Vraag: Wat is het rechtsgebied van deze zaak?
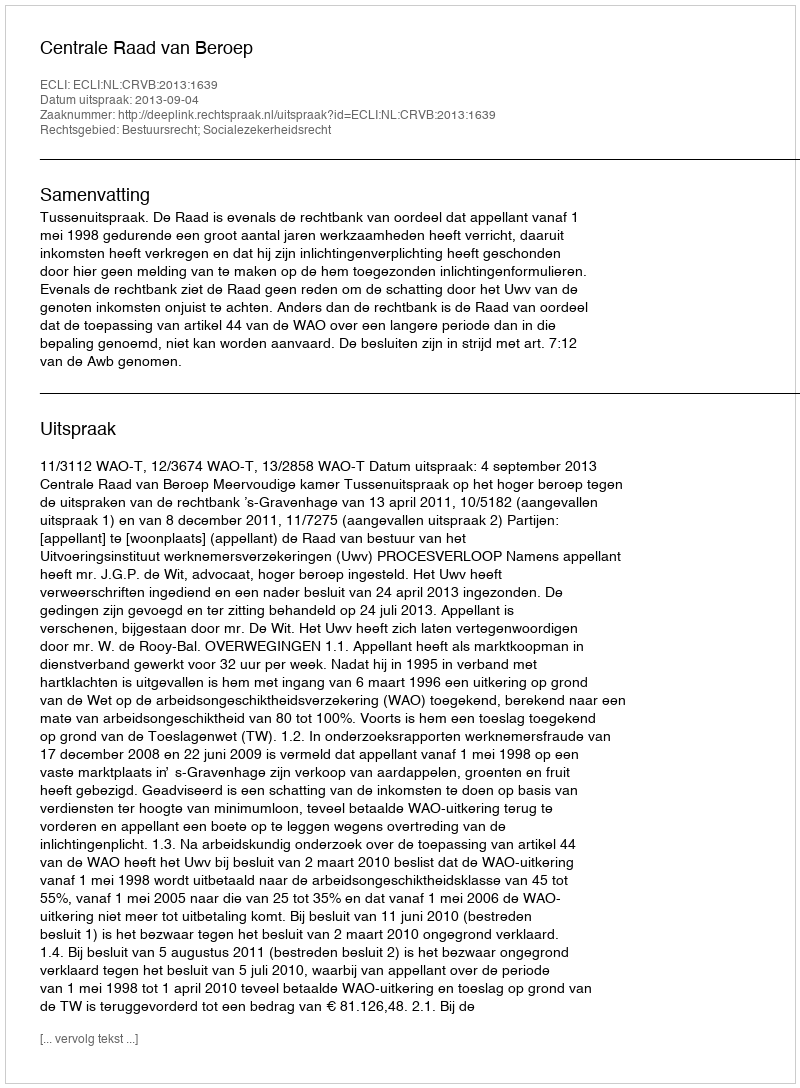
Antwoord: Bestuursrecht; Socialezekerheidsrecht